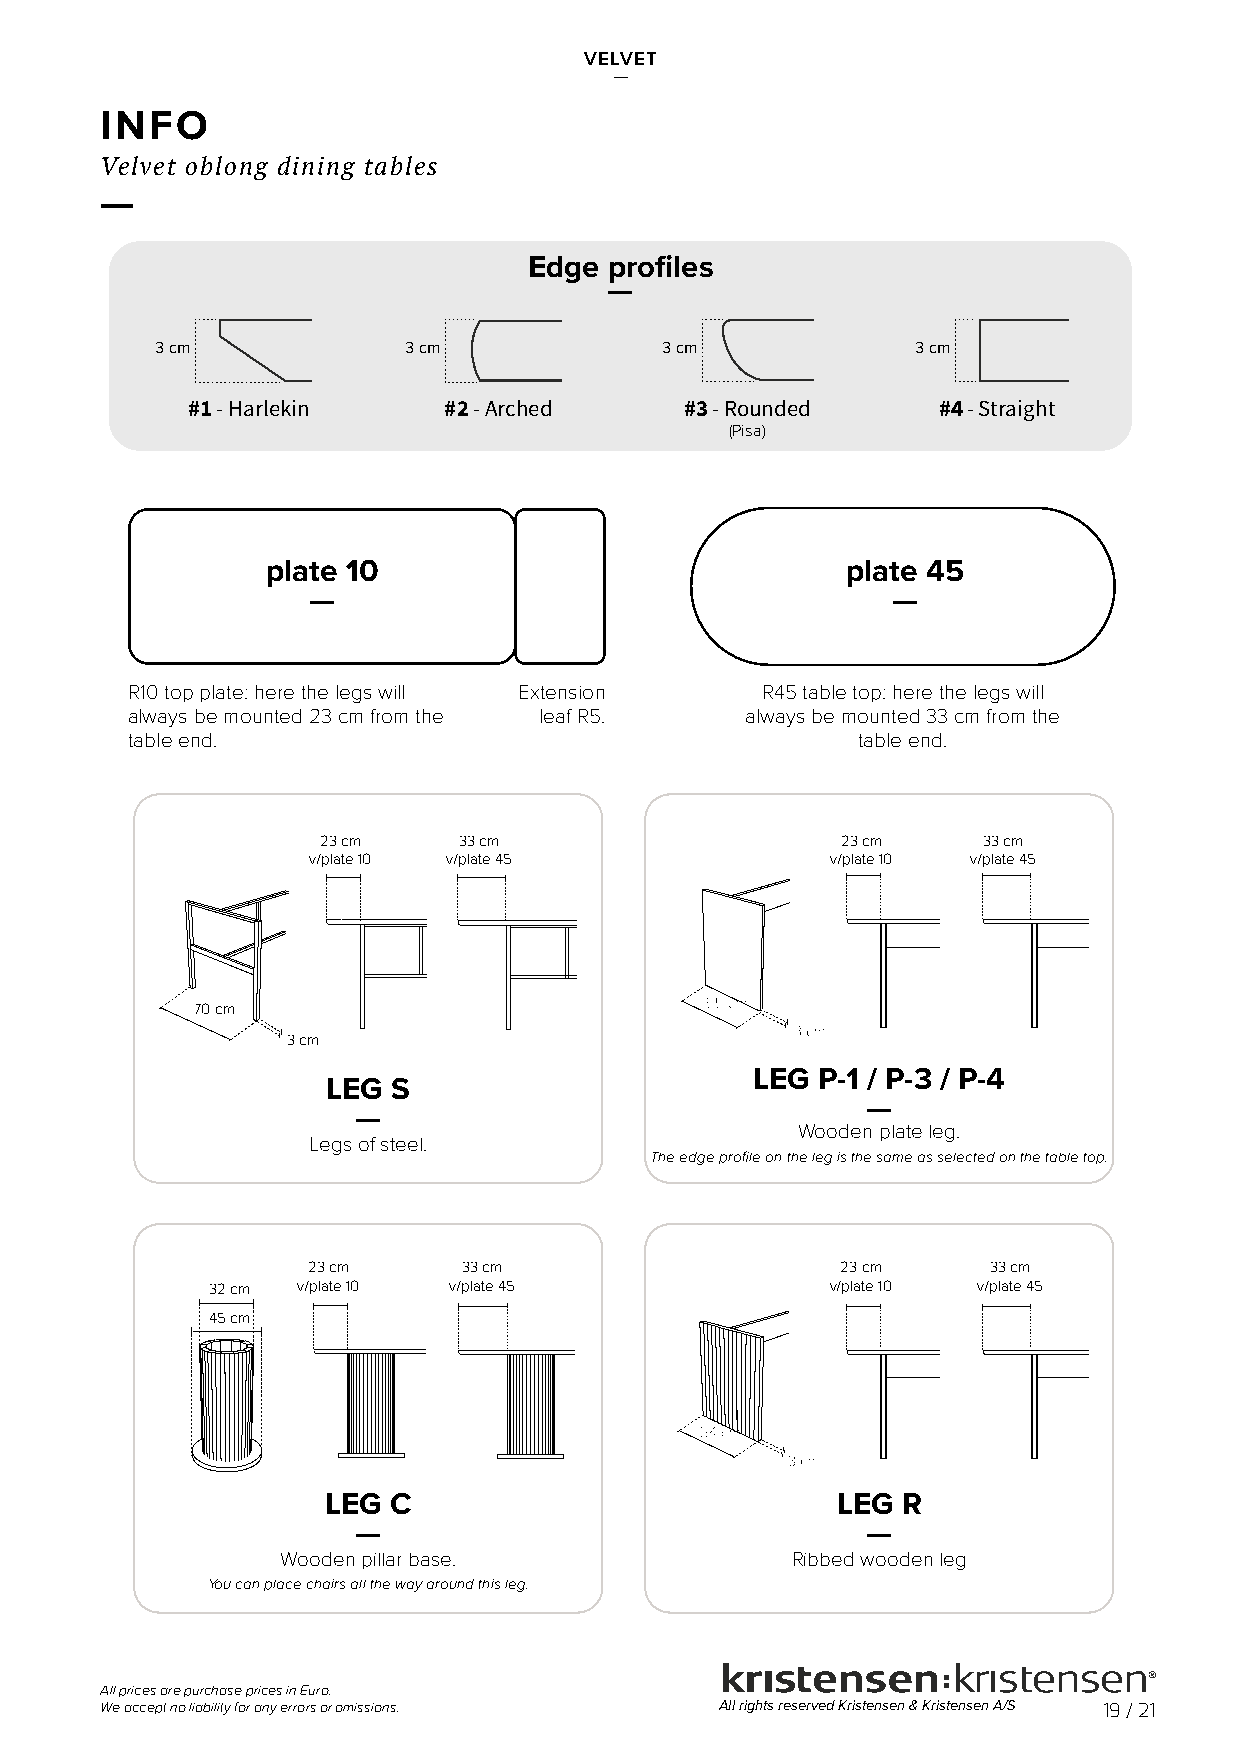
VELVET
 —
 INFO
 Velvet oblong dining tables
 —
 Edge profiles
 —
 3 cm             3 cm             3 cm             3 cm
 #1 - Harlekin    #2 - Arched     #3 - Rounded     #4 -Straight
 (Pisa)
 plate 10                              plate 45
 —                                      —
 R10 top plate: here the legs will Extension R45 table top: here the legs will
 always be mounted 23 cm from the leaf R5. always be mounted 33 cm from the
 table end.                                       table end.
 23 cm    33 cm                     23 cm    33 cm
 v/plate 10 v/plate 45              v/plate 10 v/plate 45
 70 cm
 3 cm
 LEG P-1 / P-3 / P-4
 LEG S
 —
 —
 Wooden plate leg.
 Legs of steel.
 The edge profile on the leg is the same as selected on the table top.
 23 cm      33 cm                    23 cm     33 cm
 32 cm v/plate 10 v/plate 45              v/plate 10 v/plate 45
 45 cm
 LEG C                            LEG  R
 —                                —
 Wooden pillar base.              Ribbed wooden leg
 You can place chairs all the way around this leg.
 All prices are purchase prices in Euro.
 We accept no liability for any errors or omissions. All rights reserved Kristensen & Kristensen A/S 19 / 21